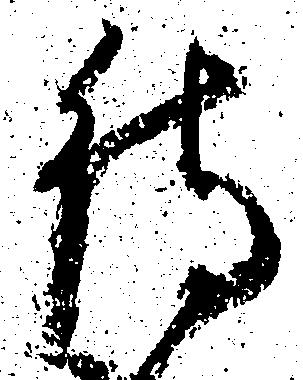
待